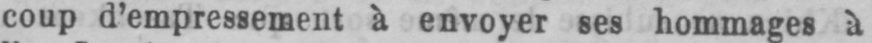
coup d’empressement à envoyer ses hommages à